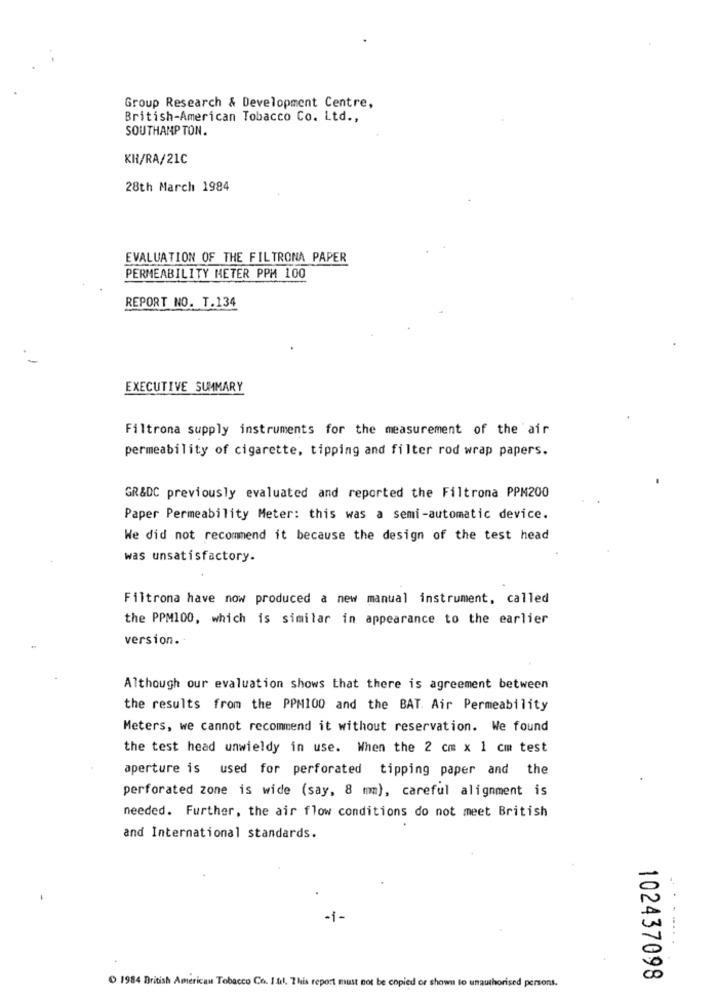
Group Research & Development Centre,
British-American Tobacco Co. Ltd .,
SOUTHAMPTON.
KH/RA/21C
28th March 1984
EVALUATION OF THE FILTRONA PAPER
PERMEABILITY METER PPM 100
REPORT NO. T.134
EXECUTIVE SUMMARY
Filtrona supply instruments for the measurement of the air
permeability of cigarette, tipping and filter rod wrap papers.
GR&DC previously evaluated and reported the Filtrona PPM200
Paper Permeability Meter: this was a semi-automatic device.
We did not recommend it because the design of the test head
was unsatisfactory.
Filtrona have now produced a new manual instrument, called
the PPM100, which is similar in appearance to the earlier
version.
Although our evaluation shows that there is agreement between
the results from the PPM100 and the BAT. Air Permeability
Meters, we cannot recommend it without reservation. We found
the test head unwieldy in use. When the 2 cm x 1 cm test
aperture is used for perforated tipping paper and the
perforated zone is wide (say, 8 mm), careful alignment is
needed. Further, the air flow conditions do not meet British
and International standards.
-i-
102437098
1984 British American Tobacco Co. I.fl. This report must not be copied or shown to unauthorised persons.